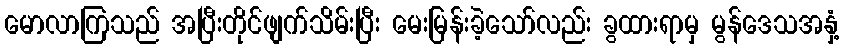
မောလာကြသည် အပြီးတိုင်ဖျက်သိမ်းပြီး မေးမြန်းခဲ့သော်လည်း ခွထားရာမှ မွန်ဒေသအနှံ့